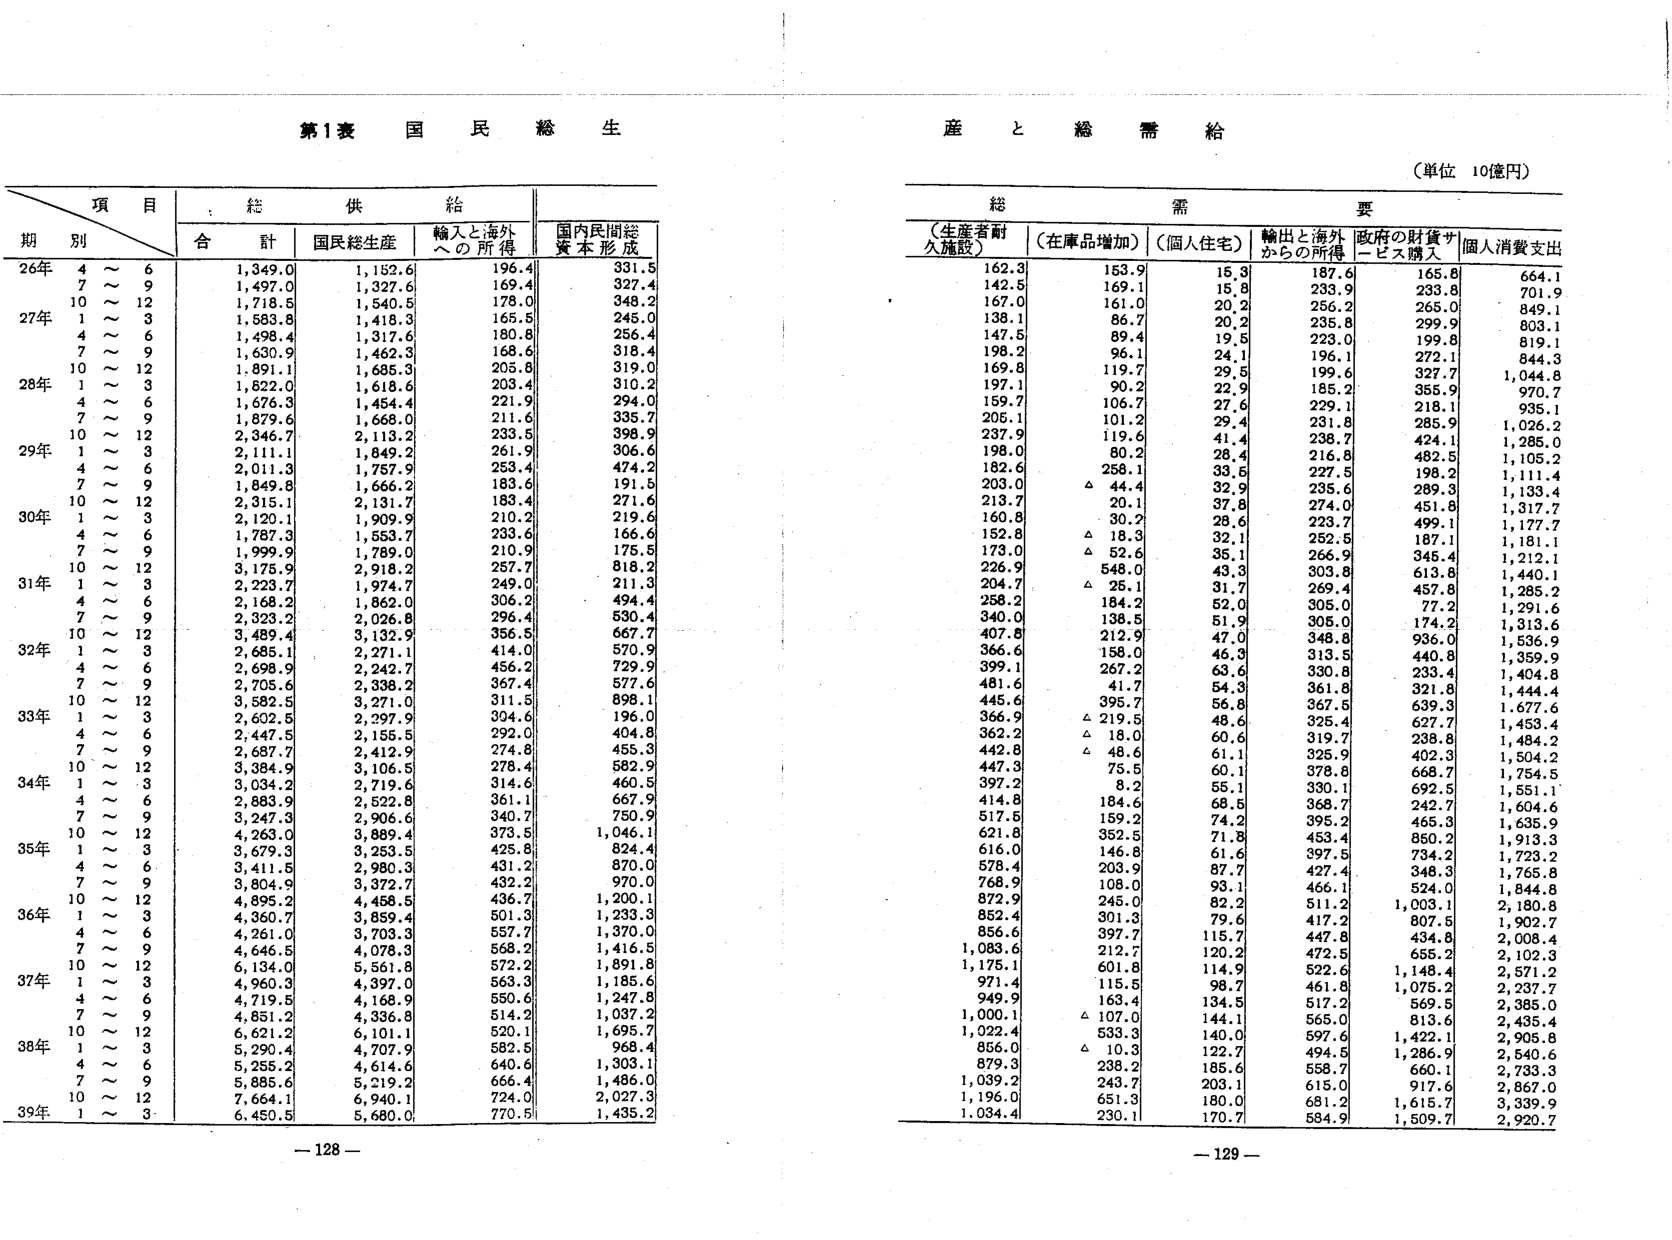
第1表 国民総生産と総需給

（単位 10億円）

項 目
期 別
合 計
国民総生産
輸入と海外への所得
国内民間総資本形成
（生産者耐久施設）
（在庫品増加）
（個人住宅）
輸出と海外からの所得
政府の財貨サービス購入
個人消費支出

26年
4～6
1,349.0
1,152.6
196.4
331.5
162.3
153.9
16.3
187.6
165.8
664.1

7～9
1,497.0
1,327.6
169.4
327.4
142.5
169.1
15.8
233.9
233.8
701.9

10～12
1,718.5
1,540.5
178.0
348.2
167.0
161.0
20.2
256.2
265.0
849.1

27年
1～3
1,583.8
1,418.3
165.5
245.0
138.1
86.7
20.2
235.8
299.9
803.1

4～6
1,498.4
1,317.6
180.8
256.4
147.5
89.4
19.5
223.0
199.8
819.1

7～9
1,630.9
1,462.3
168.6
318.4
198.2
96.1
24.1
196.1
272.1
844.3

10～12
1,891.1
1,685.3
205.8
319.0
169.8
119.7
29.5
199.6
327.7
1,044.8

28年
1～3
1,822.0
1,618.6
203.4
310.2
197.1
90.2
22.9
185.2
355.9
970.7

4～6
1,676.3
1,454.4
221.9
294.0
159.7
106.7
27.6
229.1
218.1
935.1

7～9
1,879.6
1,668.0
211.6
335.7
205.1
101.2
29.4
231.8
285.9
1,026.2

10～12
2,346.7
2,113.2
233.5
398.9
237.9
119.6
41.4
238.7
424.1
1,285.0

29年
1～3
2,111.1
1,849.2
261.9
306.6
198.0
80.2
28.4
216.8
482.5
1,105.2

4～6
2,011.3
1,757.9
253.4
474.2
182.6
258.1
33.5
227.5
198.2
1,111.4

7～9
1,849.8
1,666.2
183.6
191.5
203.0
△ 44.4
32.9
235.6
289.3
1,133.4

10～12
2,315.1
2,131.7
183.4
271.6
213.7
20.1
37.8
274.0
451.8
1,317.7

30年
1～3
2,120.1
1,909.9
210.2
219.6
160.8
30.2
28.6
223.7
499.1
1,177.7

4～6
1,787.3
1,553.7
233.6
166.6
152.8
△ 18.3
32.1
252.5
187.1
1,181.1

7～9
1,999.9
1,789.0
210.9
175.5
173.0
△ 52.6
35.1
266.9
345.4
1,212.1

10～12
3,175.9
2,918.2
257.7
818.2
226.9
548.0
43.3
303.8
613.8
1,440.1

31年
1～3
2,223.7
1,974.7
249.0
211.3
204.7
△ 25.1
31.7
269.4
457.8
1,285.2

4～6
2,168.2
1,862.0
306.2
494.4
258.2
184.2
52.0
305.0
77.2
1,291.6

7～9
2,323.2
2,026.8
296.4
530.4
340.0
138.5
51.9
305.0
174.2
1,313.6

10～12
3,489.4
3,132.9
356.5
667.7
407.8
212.9
47.0
348.8
936.0
1,536.9

32年
1～3
2,685.1
2,271.1
414.0
570.9
366.6
158.0
46.3
313.5
440.8
1,359.9

4～6
2,698.9
2,242.7
456.2
729.9
399.1
267.2
63.6
330.8
233.4
1,404.8

7～9
2,705.6
2,338.2
367.4
577.6
481.6
41.7
54.3
361.8
321.8
1,444.4

10～12
3,582.5
3,271.0
311.5
898.1
445.6
395.7
56.8
367.5
639.3
1,677.6

33年
1～3
2,602.5
2,297.9
334.6
196.0
366.9
△ 219.5
48.6
325.4
627.7
1,453.4

4～6
2,447.5
2,155.5
292.0
404.8
362.2
△ 18.0
60.6
319.7
238.8
1,484.2

7～9
2,687.7
2,412.9
274.8
455.3
442.8
△ 48.6
61.1
325.9
402.3
1,504.2

10～12
3,384.9
3,106.5
278.4
582.9
447.3
75.5
60.1
378.8
668.7
1,754.5

34年
1～3
3,034.2
2,719.6
314.6
460.5
397.2
8.2
55.1
330.1
692.5
1,551.1

4～6
2,883.9
2,522.8
361.1
667.9
414.8
184.6
68.5
368.7
242.7
1,604.6

7～9
3,247.3
2,906.6
340.7
750.9
517.5
159.2
74.2
395.2
465.3
1,635.9

10～12
4,263.0
3,889.4
373.5
1,046.1
621.8
352.5
71.8
453.4
850.2
1,913.3

35年
1～3
3,679.3
3,253.5
425.8
824.4
616.0
146.8
61.6
397.5
734.2
1,723.2

4～6
3,411.5
2,980.3
431.2
870.0
578.4
203.9
87.7
427.4
348.3
1,765.8

7～9
3,804.9
3,372.7
432.2
970.0
768.9
108.0
93.1
466.1
524.0
1,844.8

10～12
4,895.2
4,458.5
436.7
1,200.1
872.9
245.0
82.2
511.2
1,003.1
2,180.8

36年
1～3
4,360.7
3,859.4
501.3
1,233.3
852.4
301.3
79.6
417.2
807.5
1,902.7

4～6
4,261.0
3,703.3
557.7
1,370.0
856.6
397.7
115.7
447.8
434.8
2,008.4

7～9
4,646.5
4,078.3
568.2
1,416.5
1,083.6
212.7
120.2
472.5
655.2
2,102.3

10～12
6,134.0
5,561.8
572.2
1,891.8
1,175.1
601.8
114.9
522.6
1,148.4
2,571.2

37年
1～3
4,960.3
4,397.0
563.3
1,185.6
971.4
115.5
98.7
461.8
1,075.2
2,237.7

4～6
4,719.5
4,168.9
550.6
1,247.8
949.9
163.4
134.5
517.2
569.5
2,385.0

7～9
4,851.2
4,336.8
514.2
1,037.2
1,000.1
△ 107.0
144.1
565.0
813.6
2,435.4

10～12
6,621.2
6,101.1
520.1
1,695.7
1,022.4
533.3
140.0
597.6
1,422.1
2,905.8

38年
1～3
6,290.4
5,707.9
582.5
968.4
856.0
△ 10.3
122.7
494.5
1,286.9
2,540.6

4～6
5,255.2
4,614.6
640.6
1,303.1
879.3
238.2
185.6
558.7
660.1
2,733.3

7～9
5,885.6
5,219.2
666.4
1,486.0
1,039.2
243.7
203.1
615.0
917.6
2,867.0

10～12
7,664.1
6,940.1
724.0
2,027.3
1,195.0
651.3
180.0
681.2
1,615.7
3,339.9

39年
1～3
6,450.5
5,680.0
770.5
1,435.2
1,034.4
230.1
170.7
584.9
1,509.7
2,920.7

- 128 -
- 129 -